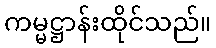
ကမ္မဋ္ဌာန်းထိုင်သည်။